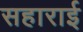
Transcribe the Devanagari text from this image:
सहाराई